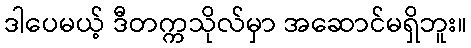
ဒါပေမယ့် ဒီတက္ကသိုလ်မှာ အဆောင်မရှိဘူး။